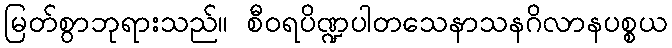
မြတ်စွာဘုရားသည်။ စီဝရပိဏ္ဍပါတသေနာသနဂိလာနပစ္စယ